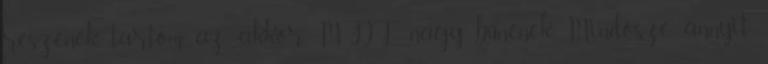
részének tartom, az akkor MDF nagy bűnének. Mindösze annyit